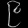
Digit: ၉